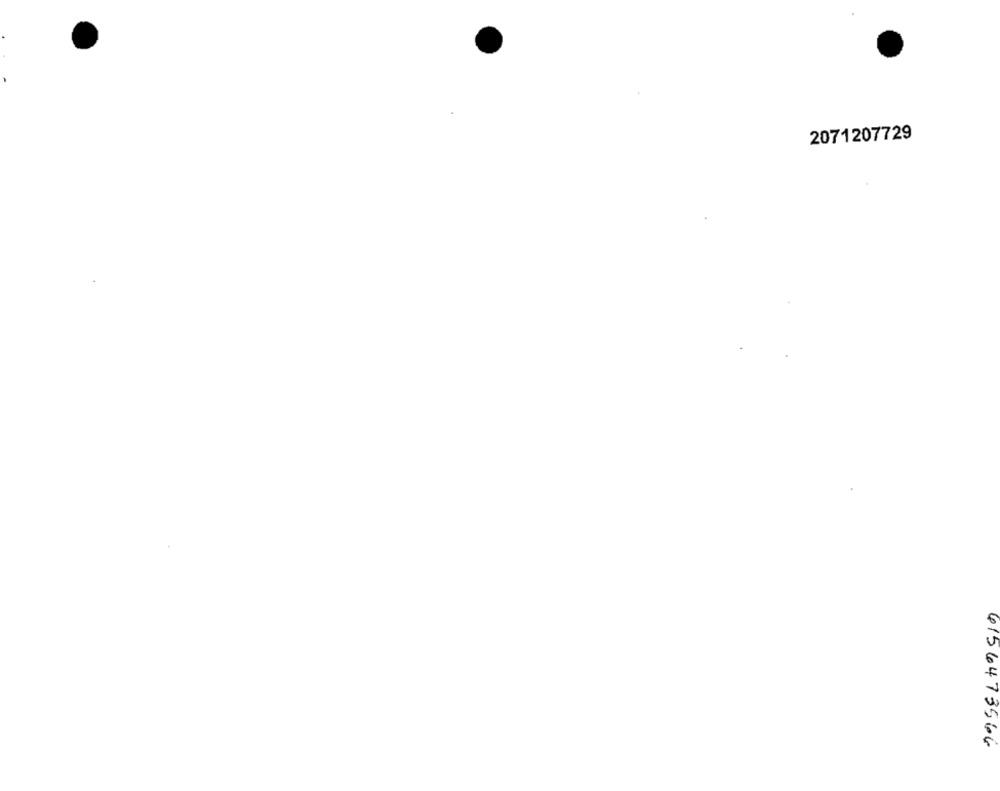
2071207729
4156473566